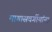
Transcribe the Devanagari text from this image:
मागासवर्गीयांना